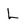
Character: L